Civil Veterinary Department ledger series I-VI
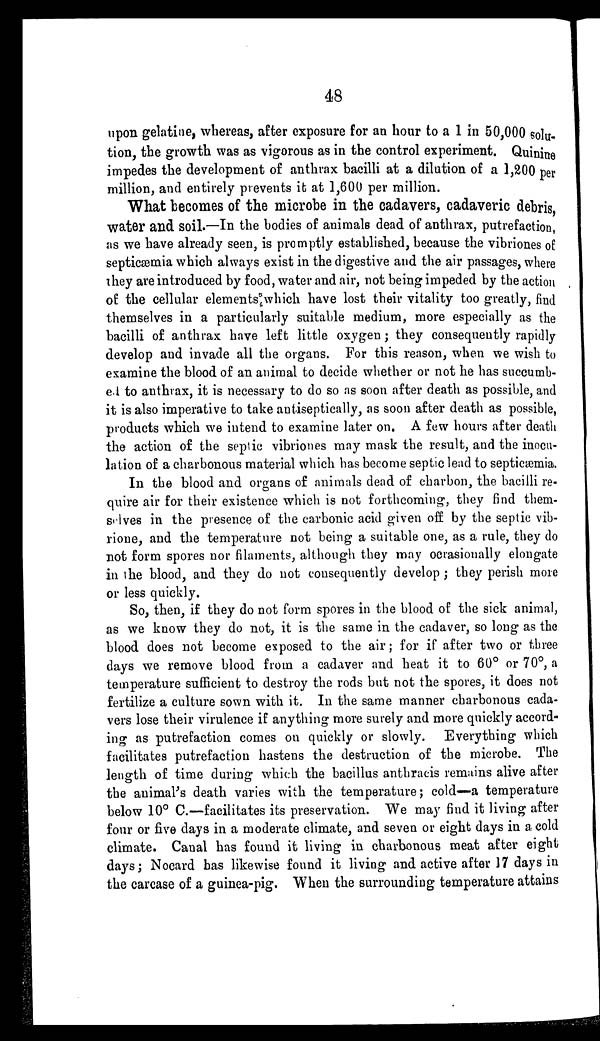
48
upon gelatine, whereas, after exposure for an hour to a 1 in 50,000 solu-
tion, the growth was as vigorous as in the control experiment. Quinine
impedes the development of anthrax bacilli at a dilution of a 1,200 per
million, and entirely prevents it at 1,600 per million.
What becomes of the microbe in the cadavers, cadaveric debris
water and soil.—In the bodies of animals dead of anthrax, putrefaction,
as we have already seen, is promptly established, because the vibriones of
septicæmia which always exist in the digestive and the air passages, where
they are introduced by food, water and air, not being impeded by the action
of the cellular elements which have lost their vitality too greatly, find
themselves in a particularly suitable medium, more especially as the
bacilli of anthrax have left little oxygen; they consequently rapidly
develop and invade all the organs. For this reason, when we wish to
examine the blood of an animal to decide whether or not he has succumb-
ed to anthrax, it is necessary to do so as soon after death as possible, and
it is also imperative to take antiseptically, as soon after death as possible,
products which we intend to examine later on. A few hours after death
the action of the septic vibriones may mask the result, and the inocu-
lation of a charbonous material which has become septic lead to septicæmia.
In the blood and organs of animals dead of charbon, the bacilli re-
quire air for their existence which is not forthcoming, they find them-
selves in the presence of the carbonic acid given off by the septic vib-
rione, and the temperature not being a suitable one, as a rule, they do
not form spores nor filaments, although they may ocrasionally elongate
in the blood, and they do not consequently develop; they perish more
or less quickly.
So, then, if they do not form spores in the blood of the sick animal,
as we know they do not, it is the same in the cadaver, so long as the
blood does not become exposed to the air; for if after two or three
days we remove blood from a cadaver and heat it to 60º or 70º, a
temperature sufficient to destroy the rods but not the spores, it does not
fertilize a culture sown with it. In the same manner charbonous cada-
vers lose their virulence if anything more surely and more quickly accord-
ing as putrefaction comes on quickly or slowly. Everything which
facilitates putrefaction hastens the destruction of the microbe. The
length of time during which the bacillus anthracis remains alive after
the animal's death varies with the temperature; cold—a temperature
below 10º C.—facilitates its preservation. We may find it living after
four or five days in a moderate climate, and seven or eight days in a cold
climate. Canal has found it living in charbonous meat after eight
days; Nocard has likewise found it living and active after 17 days in
the carcase of a guinea-pig. When the surrounding temperature attains